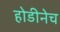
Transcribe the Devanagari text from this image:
होडीनेच